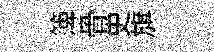
𥱼骨史旗